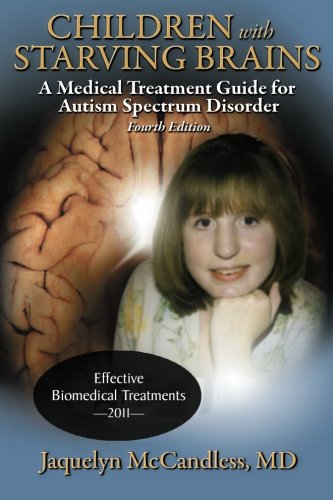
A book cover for Children with Starving Brains: A Medical Treatment Guide for Autism Spectrum Disorder; Jaquelyn McCandless; Medical Books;